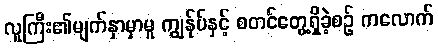
လူကြီး၏မျက်နှာမှာမူ ကျွန်ုပ်နှင့် စတင်တွေ့ရှိခဲ့စဉ် ကလောက်